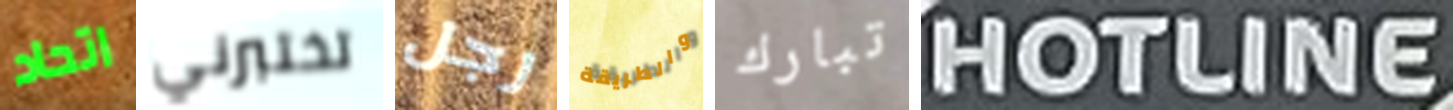
اتحاد تختبرني رجل والطريقة تبارك HOTLINE